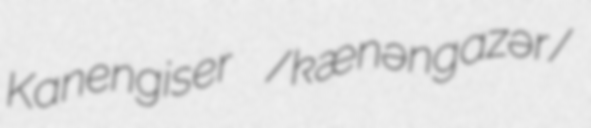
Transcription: Kanengiser /ˈkænənˌgaɪzər/